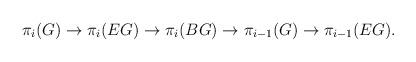
LaTeX: \begin{align*}\pi_i(G)\rightarrow \pi_i(EG)\rightarrow \pi_i(BG)\rightarrow\pi_{i-1}(G)\rightarrow \pi_{i-1}(EG).\end{align*}